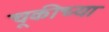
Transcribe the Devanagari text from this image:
चूकीच्या